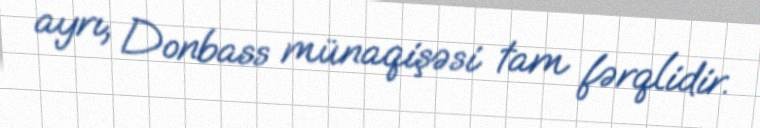
ayrı, Donbass münaqişəsi tam fərqlidir.